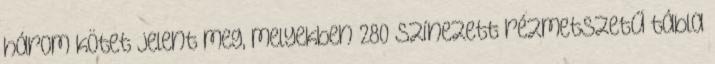
három kötet jelent meg, melyekben 280 színezett rézmetszetű tábla